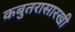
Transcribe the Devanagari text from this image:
कबुतरासारखी